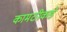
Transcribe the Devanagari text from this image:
कामठीकडे